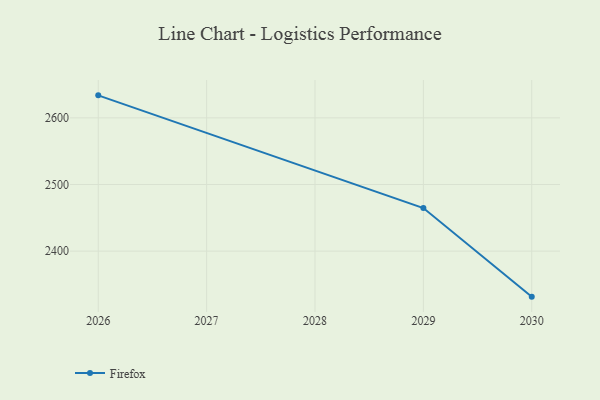
{"axis": {"x": "Year", "y": "Shipments"}, "legend": ["Firefox"], "data": [{"x": "2030", "y": 2331.7, "type": "Firefox"}, {"x": "2029", "y": 2464.6, "type": "Firefox"}, {"x": "2026", "y": 2633.8, "type": "Firefox"}]}